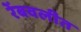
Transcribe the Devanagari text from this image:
रेंबवलीत